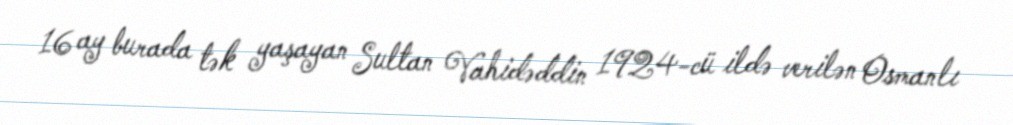
16 ay burada tək yaşayan Sultan Vahidəddin 1924-cü ildə verilən Osmanlı